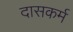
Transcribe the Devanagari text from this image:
दासकर्म